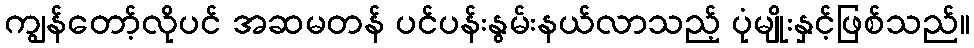
ကျွန်တော့်လိုပင် အဆမတန် ပင်ပန်းနွမ်းနယ်လာသည့် ပုံမျိုးနှင့်ဖြစ်သည်။